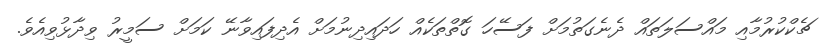
ޗެކްކުރުމާއި މައްސަލަތައް ދެނެގަތުމަށް ފަސޭހަ ގޮތްތަކެއް ހަދައިދިނުމަށް އެދިފައިވާނޭ ކަމަށް ސަމީރު ވިދާޅުވިއެވެ.